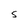
Character: S